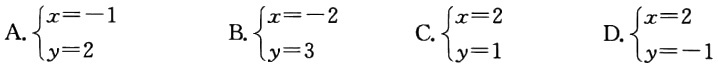
A.$\begin{cases}x = - 1\\y = 2\end{cases}$ B.$\begin{cases}x = - 2\\y = 3\end{cases}$ C.$\begin{cases}x = 2\\y = 1\end{cases}$ D.$\begin{cases}x = 2\\y = - 1\end{cases}$